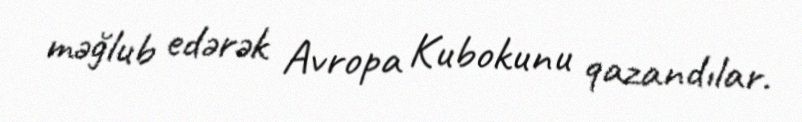
məğlub edərək Avropa Kubokunu qazandılar.